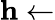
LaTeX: \mathbf{h}\gets